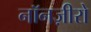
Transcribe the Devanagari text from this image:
नॉनज़ीरो